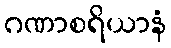
ဂဏာစရိယာနံ